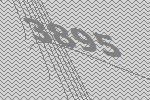
3895